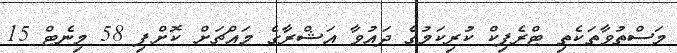
މަސްތުވާތަކެތި ޓްރެފިކް ކުރިކަމުގެ ދައުވާ އަޝްރާގެ މައްޗަށް ކޮށްފި 58 މިނެޓް 15